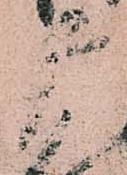
广